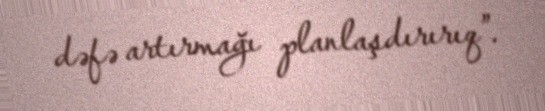
dəfə artırmağı planlaşdırırıq”.